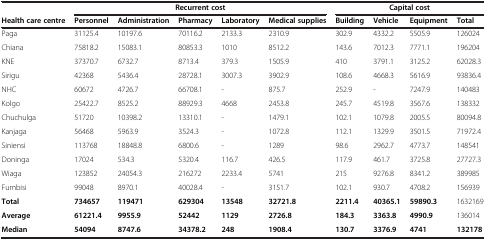
<table><thead><tr><td><b> </b></td><td colspan="5"><b>Recurrent cost</b></td><td colspan="4"><b>Capital cost</b></td></tr><tr><td><b>Health care centre</b></td><td><b>Personnel</b></td><td><b>Administration</b></td><td><b>Pharmacy</b></td><td><b>Laboratory</b></td><td><b>Medical supplies</b></td><td><b>Building</b></td><td><b>Vehicle</b></td><td><b>Equipment</b></td><td><b>Total</b></td></tr></thead><tbody><tr><td>Paga</td><td>31125.4</td><td>10197.6</td><td>70116.2</td><td>2133.3</td><td>2310.9</td><td>302.9</td><td>4332.2</td><td>5505.9</td><td>126024</td></tr><tr><td>Chiana</td><td>75818.2</td><td>15083.1</td><td>80853.3</td><td>1010</td><td>8512.2</td><td>143.6</td><td>7012.3</td><td>7771.1</td><td>196204</td></tr><tr><td>KNE</td><td>37370.7</td><td>6732.7</td><td>8713.4</td><td>379.3</td><td>1505.9</td><td>410</td><td>3791.1</td><td>3125.2</td><td>62028.3</td></tr><tr><td>Sirigu</td><td>42368</td><td>5436.4</td><td>28728.1</td><td>3007.3</td><td>3902.9</td><td>108.6</td><td>4668.3</td><td>5616.9</td><td>93836.4</td></tr><tr><td>NHC</td><td>60672</td><td>4726.7</td><td>66708.1</td><td>-</td><td>875.7</td><td>252.9</td><td>-</td><td>7247.9</td><td>140483</td></tr><tr><td>Kolgo</td><td>25422.7</td><td>8525.2</td><td>88929.3</td><td>4668</td><td>2453.8</td><td>245.7</td><td>4519.8</td><td>3567.6</td><td>138332</td></tr><tr><td>Chuchulga</td><td>51720</td><td>10398.2</td><td>13310.1</td><td>-</td><td>1479.1</td><td>102.1</td><td>1079.8</td><td>2005.5</td><td>80094.8</td></tr><tr><td>Kanjaga</td><td>56468</td><td>5963.9</td><td>3524.3</td><td>-</td><td>1072.8</td><td>112.1</td><td>1329.9</td><td>3501.5</td><td>71972.4</td></tr><tr><td>Siniensi</td><td>113768</td><td>18848.8</td><td>6800.6</td><td>-</td><td>1289</td><td>98.6</td><td>2962.7</td><td>4773.7</td><td>148541</td></tr><tr><td>Doninga</td><td>17024</td><td>534.3</td><td>5320.4</td><td>116.7</td><td>426.5</td><td>117.9</td><td>461.7</td><td>3725.8</td><td>27727.3</td></tr><tr><td>Wiaga</td><td>123852</td><td>24054.3</td><td>216272</td><td>2233.4</td><td>5741</td><td>215</td><td>9276.8</td><td>8341.2</td><td>389985</td></tr><tr><td>Fumbisi</td><td>99048</td><td>8970.1</td><td>40028.4</td><td>-</td><td>3151.7</td><td>102.1</td><td>930.7</td><td>4708.2</td><td>156939</td></tr><tr><td><b>Total</b></td><td><b>734657</b></td><td><b>119471</b></td><td><b>629304</b></td><td><b>13548</b></td><td><b>32721.8</b></td><td><b>2211.4</b></td><td><b>40365.1</b></td><td><b>59890.3</b></td><td>1632169</td></tr><tr><td><b>Average</b></td><td><b>61221.4</b></td><td><b>9955.9</b></td><td><b>52442</b></td><td><b>1129</b></td><td><b>2726.8</b></td><td><b>184.3</b></td><td><b>3363.8</b></td><td><b>4990.9</b></td><td>136014</td></tr><tr><td><b>Median</b></td><td><b>54094</b></td><td><b>8747.6</b></td><td><b>34378.2</b></td><td><b>248</b></td><td><b>1908.4</b></td><td><b>130.7</b></td><td><b>3376.9</b></td><td><b>4741</b></td><td><b>132178</b></td></tr></tbody></table>